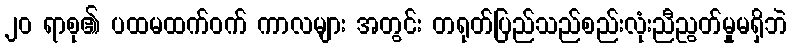
၂၀ ရာစု၏ ပထမထက်ဝက် ကာလများ အတွင်း တရုတ်ပြည်သည်စည်းလုံးညီညွတ်မှုမရှိဘဲ